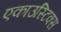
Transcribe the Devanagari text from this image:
एकाउस्टिक्स